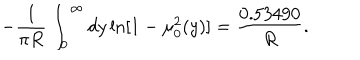
- \frac { 1 } { \pi R } \int _ { 0 } ^ { \infty } d y \ln [ 1 - \mu _ { 0 } ^ { 2 } ( y ) ] = \frac { 0 . 5 3 4 9 0 } { R } { . }